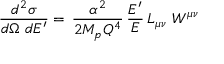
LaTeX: \frac { d ^ { 2 } \sigma } { d \Omega ~ d E ^ { \prime } } = \, \frac { \alpha ^ { 2 } } { 2 M _ { p } Q ^ { 4 } } \, \frac { E ^ { \prime } } { E } \, L _ { \mu \nu } ~ W ^ { \mu \nu }